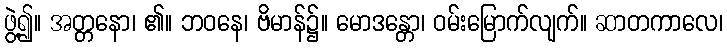
ဖွဲ့၍။ အတ္တနော၊ ၏။ ဘဝနေ၊ ဗိမာန်၌။ မောဒန္တော၊ ဝမ်းမြောက်လျက်။ ဆာတကာလေ၊